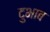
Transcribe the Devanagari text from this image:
दुभाब